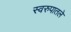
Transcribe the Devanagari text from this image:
स्वरुपातले